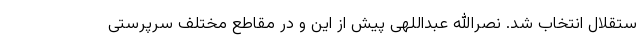
ستقلال انتخاب شد. نصرالله عبداللهی پیش از این و در مقاطع مختلف سرپرستی